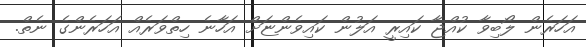
އަހަރެން ލޯބިވާ ކުއްޖާ ކައިރީ އަލުން ކައިވެންޏަށް އަހާނެ ހިތްވަރެއް އަހަރެންގެ ނެތް.